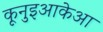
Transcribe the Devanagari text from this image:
कूनुइआकेआ